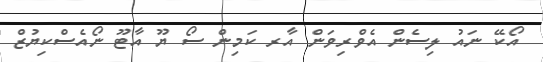
އޯކޭ ނައު ލިސެން އެވްރިވަން އާރ ކަމިން ސޯ ޔޫ އާޓޫ ނޯއެސްކިޔުޒް